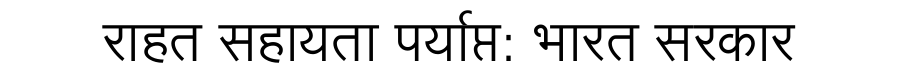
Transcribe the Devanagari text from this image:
राहत सहायता पर्याप्त: भारत सरकार